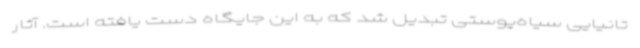
تانیایی سیاه‌پوستی تبدیل شد که به این جایگاه دست یافته است. آثار